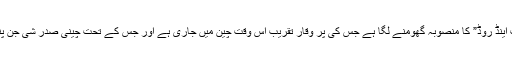
لیکن آج مجھے یہ سفر اس لیے یاد آ گیا کیونکہ میرے ذہن میں “بیلٹ اینڈ روڈ” کا منصوبہ گھومنے لگا ہے جس کی پر وقار تقریب اس وقت چین میں جاری ہے اور جس کے تحت چینی صدر شی جن پنگ کی جانب سے 124 ارب ڈالر سرمایہ کاری کا وعدہ کیا گیا ہے۔